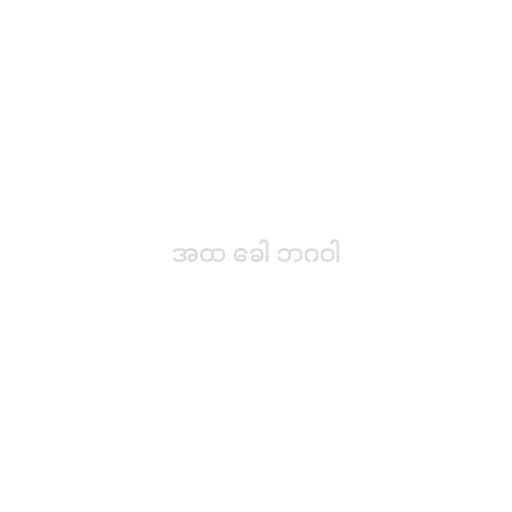
အထ ခေါ ဘဂဝါ